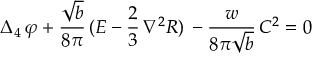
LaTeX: \Delta _ { 4 } \, \varphi + \frac { \sqrt { b } } { 8 \pi } \, ( E - \frac 2 3 \, { \nabla } ^ { 2 } R ) \, - \frac { w } { 8 \pi \sqrt { b } } \, C ^ { 2 } = 0